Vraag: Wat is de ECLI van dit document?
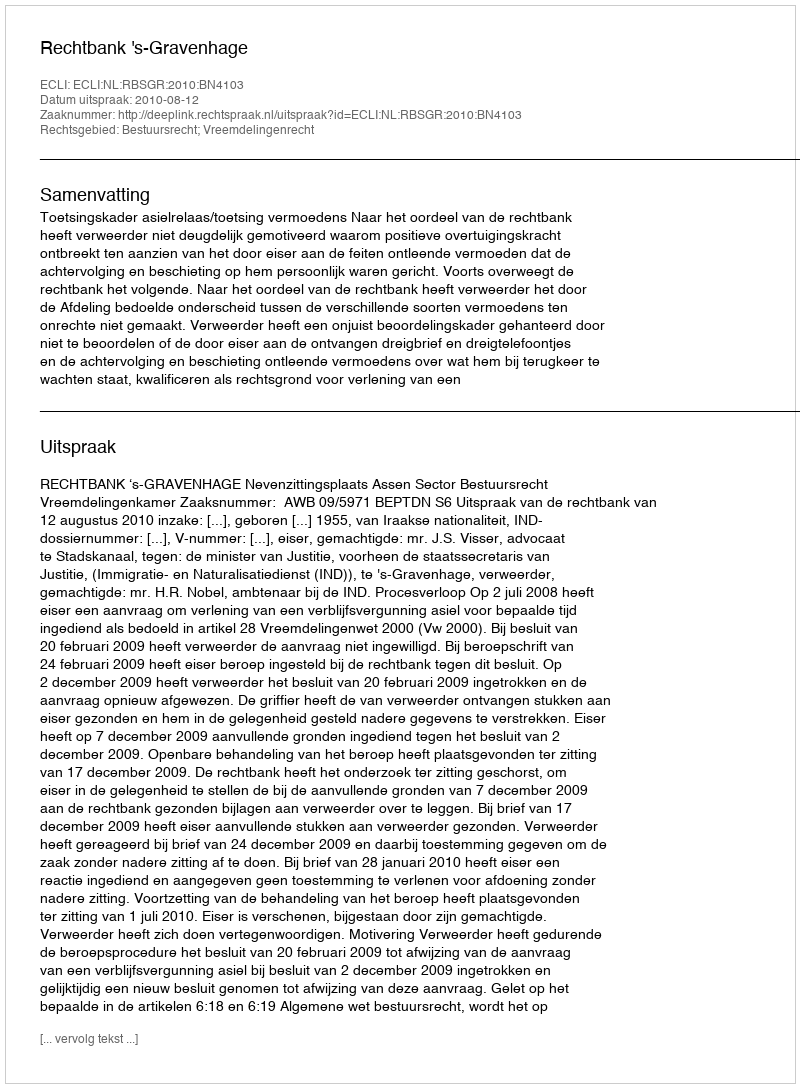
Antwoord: ECLI:NL:RBSGR:2010:BN4103